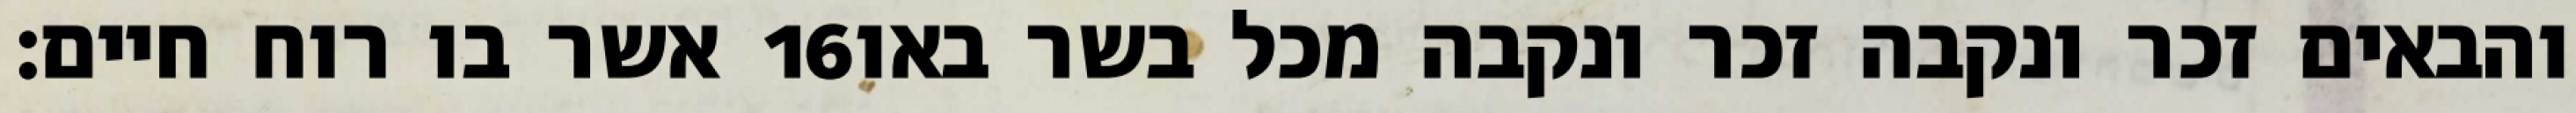
אשר בו רוח חיים׃ ‎16‏ והבאים זכר ונקבה זכר ונקבה מכל בשר באו